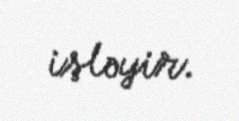
işləyir.